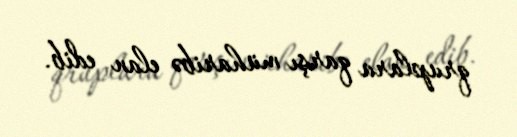
qruplara qarşı müharibə elan edib.